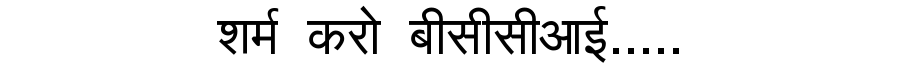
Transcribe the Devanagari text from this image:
शर्म करो बीसीसीआई.....